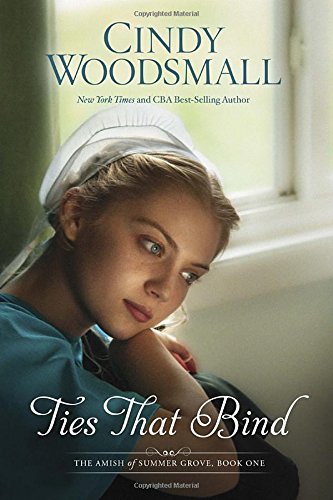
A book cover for Ties That Bind: A Novel (The Amish of Summer Grove); Cindy Woodsmall; Romance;